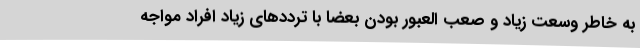
به خاطر وسعت زیاد و صعب العبور بودن بعضا با ترددهای زیاد افراد مواجه